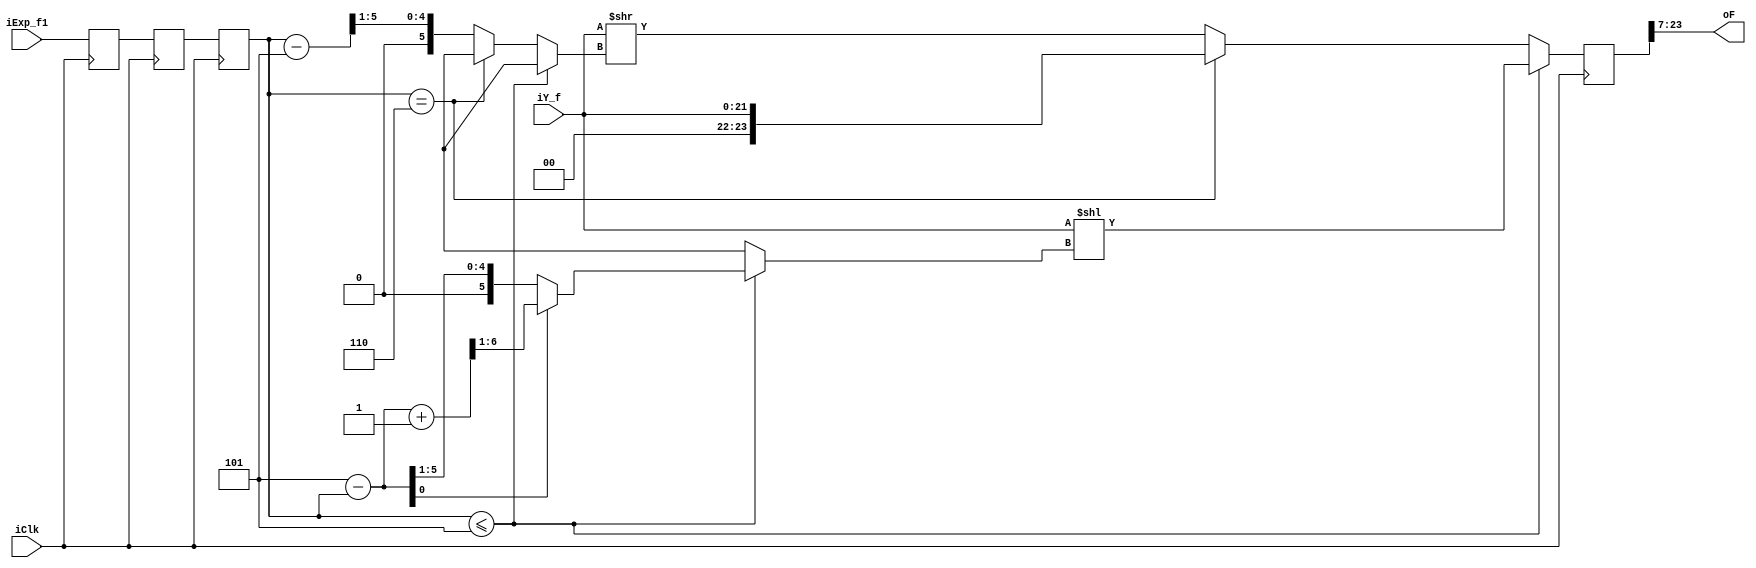
module sqrt_range_reconst
(
 input  iClk,
 input  [5:0]  iExp_f1,
 input  [21:0] iY_f,
 output [16:0] oF
 );
  
  reg [23:0] rf = 0;
  
//  wire  [5:0] wExp_f;
  reg  [5:0] wExp_f,wExp_f1,wExp_f2;
  reg  [5:0] rExp_f  = 0;
  reg  [5:0] rExp_fr = 0;
  
//  assign wExp_f = iExp_f1;
  always@(posedge iClk)
  begin
   wExp_f2 <= iExp_f1;
   wExp_f1 <= wExp_f2;
   wExp_f <= wExp_f1;
  end
  
  always@(posedge iClk)
    begin
       if(wExp_f <= 5)
         begin
         rExp_f = {6'b000101} - {wExp_f};
         if(rExp_f[0] == 1'b1)  
           rExp_fr = {rExp_f+1} >> 1;
         else
           rExp_fr = {rExp_f} >> 1;
         rf   = {2'b00, iY_f} << rExp_fr;
         end
       else
         if(wExp_f == 6)
          rf =  {2'b00,iY_f};
         else
          begin
           rExp_f =  {wExp_f} - {3'd5};
            if(rExp_f[0] == 1'b1)  
             rExp_fr = {rExp_f} >> 1;
            else
             rExp_fr = {rExp_f} >> 1;
           rf  = {2'b00, iY_f} >> rExp_fr;
         end
      end 
   assign oF =  rf[23:7];
   endmodule